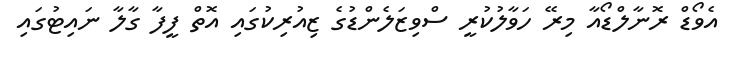
އެވޯޑް ރޮނާލްޑޯއާ މިރޭ ހަވާލުކުރީ ސްވިޒަލެންޑުގެ ޒިއުރިކުގައި އޮތް ފީފާ ގާލާ ނައިޓުގައި